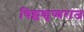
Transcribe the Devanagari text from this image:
चिक्ककृष्णराज